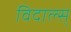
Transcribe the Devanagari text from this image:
विदाल्स्